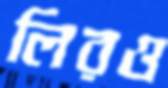
লিরও